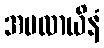
အပလာယိနံ